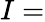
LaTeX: I=